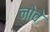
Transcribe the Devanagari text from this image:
नोवे